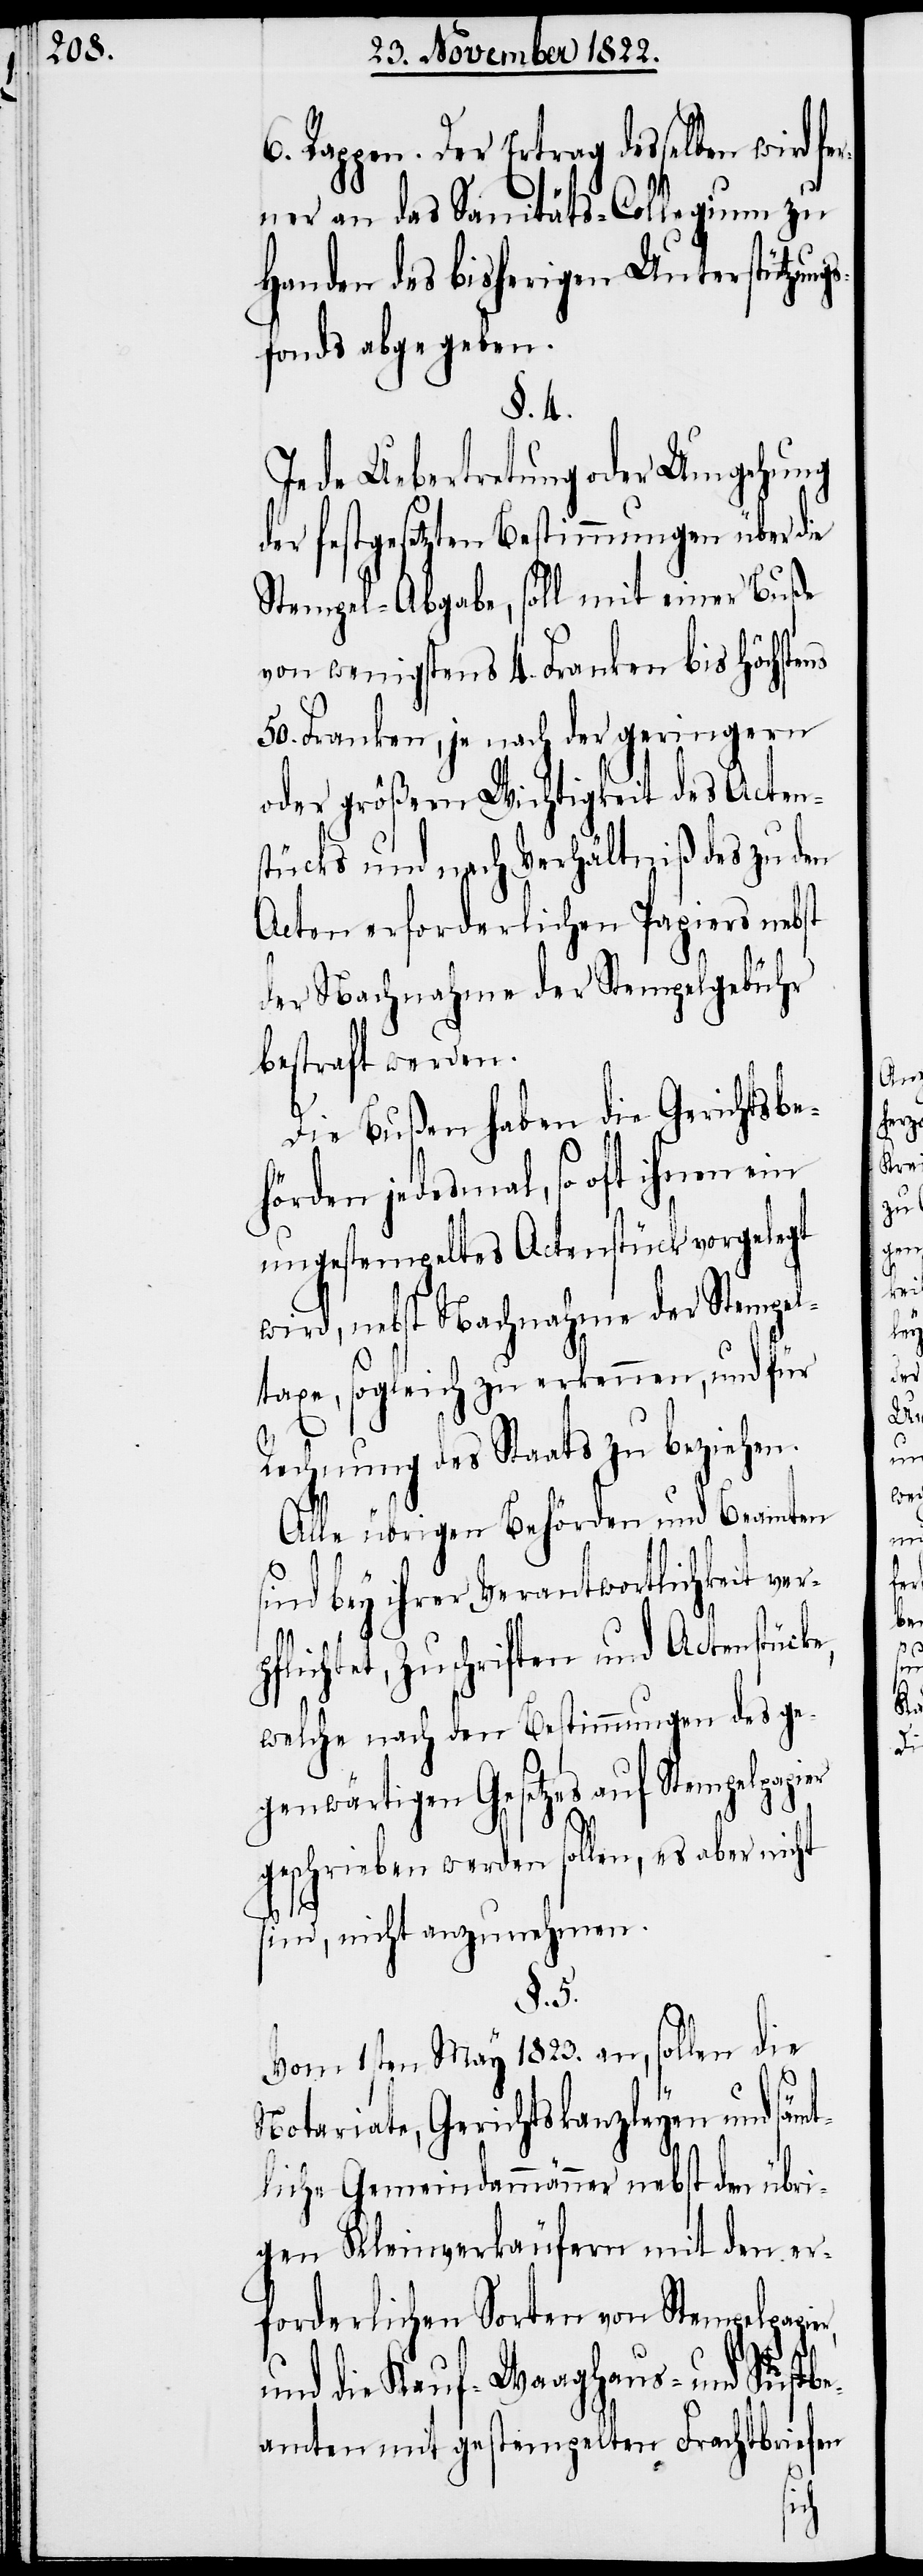
pp[en]. Der Ertrag desselben wird f¬
erner an das Sanitäts-Collegium zu
Handen des bisherigen Unterstützun¬
fonds abgegeben.
§. 4.
Jede Uebertretung oder Umgehung
er festgesetzten Bestimmungen über die
Stempel-Abgabe, soll mit einer Buße
von wenigstens 4. Franken bis höchstens
50. Franken, je nach der geringern
oder größern Wichtigkeit des Acten¬
stücks und nach Verhältniß des zu den
Acten erforderlichen Papiers nebst
der Nachnahme der Stempelgebühr
bestraft werden.
Die Bußen haben die Gerichtsbe¬
hörden jedesmal, so oft ihnen ein
ungestempeltes Actenstück vorgelegt
wird, nebst Nachnahme der Stempel¬
taxe, sogleich zu erkennen, und für
Rechnung des Staats zu beziehen.
Alle übrigen Behörden und Beamten
sind bey ihrer Verantwortlichkeit ver¬
r,
pflichtet, Zuschriften und Actenstück¬
welche nach den Bestimmungen des ge¬
genwärtigen Gesetzes auf Stempelpap¬
geschrieben werden sollen, es aber nicht
sind, nicht anzunehmen.
§. 5.
Vom 1sten May 1823. an, sollen die
sämt¬
Notariate, Gerichtskanzleyen und
liche Gemeindammänner nebst den übri¬
gen Kleinverkäufern mit den er¬
forderlichen Sorten von Stempelpapie¬
und die Kauf- Waaghaus- und Sustbe¬
amten mit gestempelten Frachtbriefen
ier